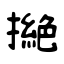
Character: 撧